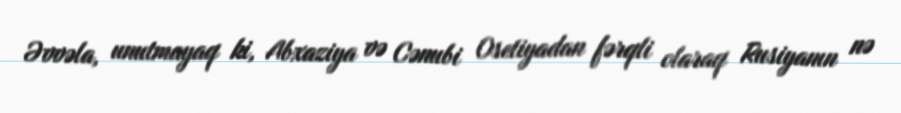
Əvvəla, unutmayaq ki, Abxaziya və Cənubi Osetiyadan fərqli olaraq Rusiyanın nə